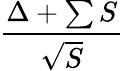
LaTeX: \frac{\Delta+\sum S}{\sqrt{S}}